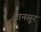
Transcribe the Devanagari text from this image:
बानसुर